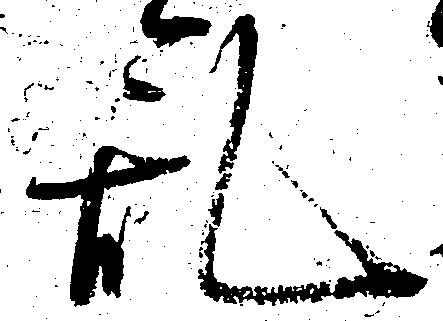
乱